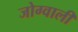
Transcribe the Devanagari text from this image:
जोग्वाली